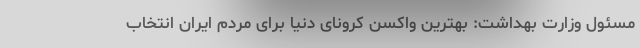
مسئول وزارت بهداشت: بهترین واکسن کرونای دنیا برای مردم ایران انتخاب